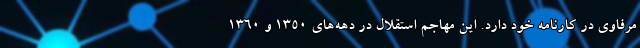
مرفاوی در کارنامه خود دارد. این مهاجم استقلال در دهه‌های ۱۳۵۰ و ۱۳۶۰